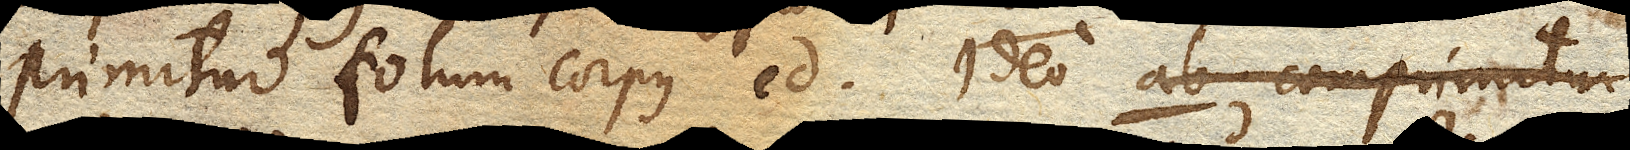
primitur solum corpus ed. Ideo ab. comprimitur